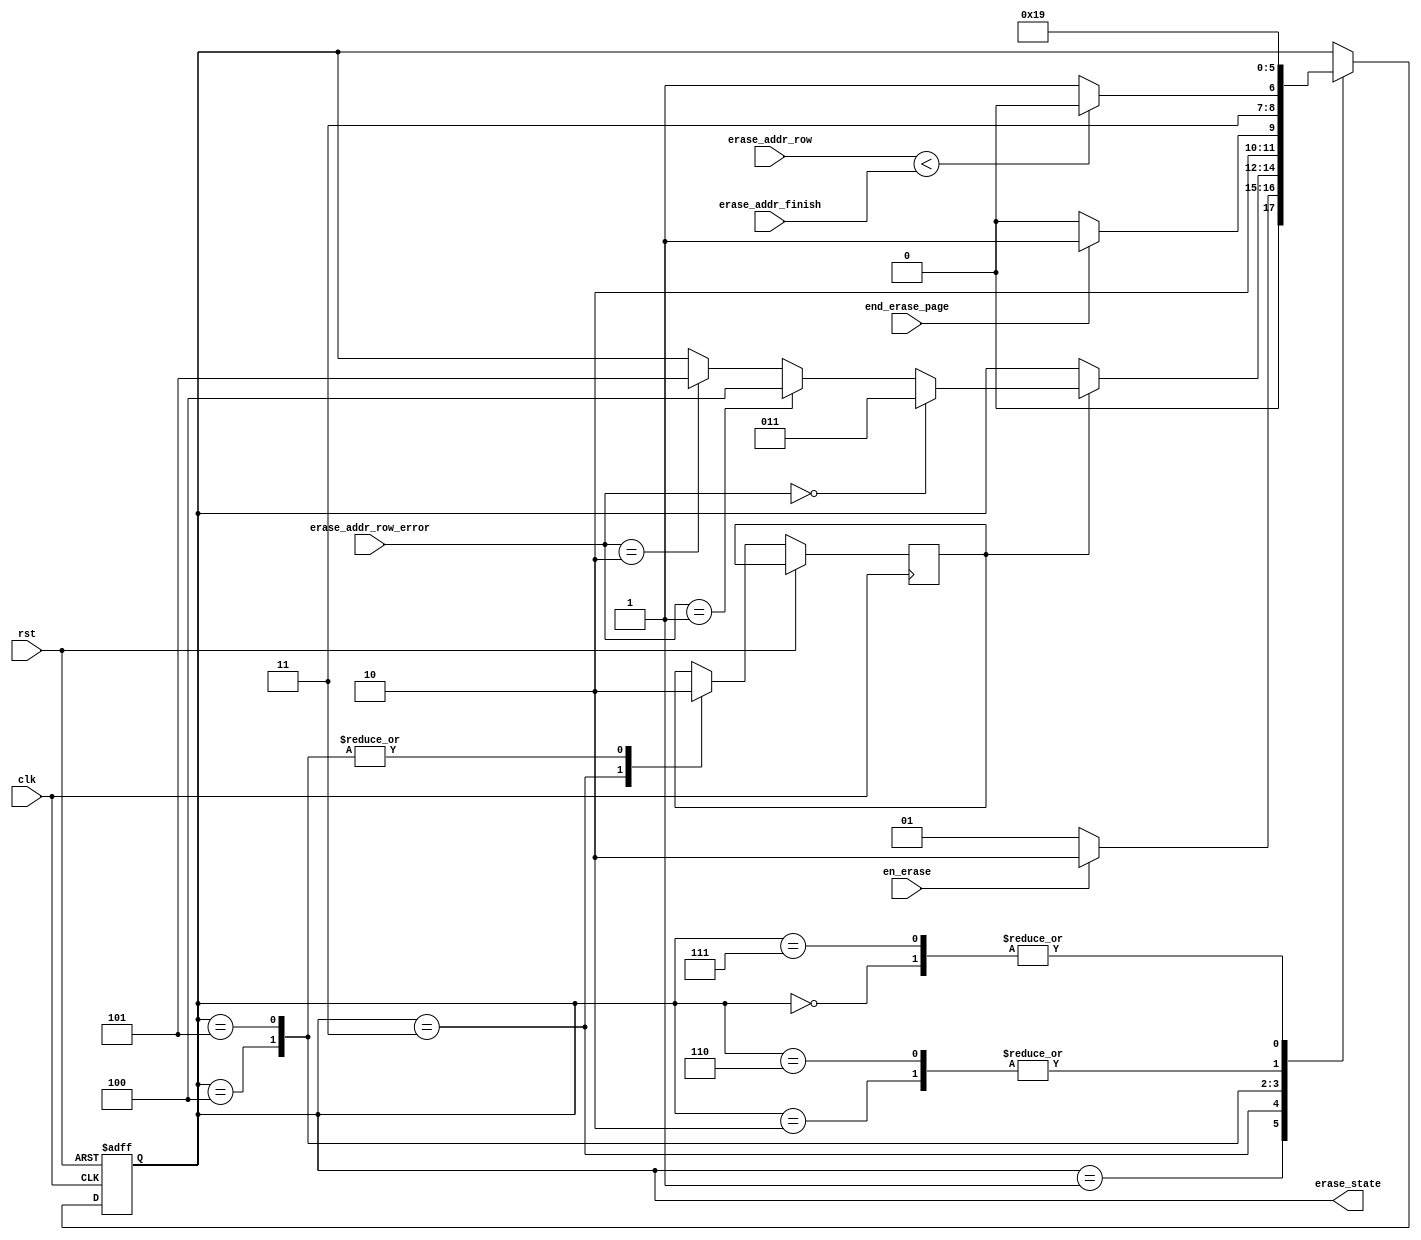
module erase_flash_state_control(
	input clk,rst,en_erase,end_erase_page,
	input [23:0]erase_addr_finish,erase_addr_row,
	input [1:0]erase_addr_row_error, // 2 1 0
	output reg[2:0] erase_state
	);

	reg n;
	
	always @(posedge clk or posedge rst)
	begin
		if(rst)
			erase_state <= 0;
		else
			case(erase_state)
			0:									//
				erase_state <= 1;
			1:									//
				if(en_erase)
					erase_state <= 2;
				else
					erase_state <= 1;
			2:									//
				erase_state <= 3;
			3:									//
			begin
				if(n == 0)					//
					n <= 1;
				else
				if(erase_addr_row_error == 0)
					erase_state <= 3;
				else if(erase_addr_row_error == 1)
					erase_state <= 4;
				else if(erase_addr_row_error == 2)
					erase_state <= 5;
			end
			4:									//
			begin
				n <= 0;
				if(end_erase_page)
					erase_state <= 5;
				else
					erase_state <= 4;
			end
			5:									//
			begin
				n <= 0;
				if(erase_addr_row < erase_addr_finish)
					erase_state <= 6;
				else
					erase_state <= 7;
			end
			6:									//
				erase_state <= 3;
			7:									//
				erase_state <= 1;
			default:
				erase_state <= 0;
			endcase
	end

endmodule